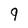
Character: 9